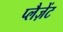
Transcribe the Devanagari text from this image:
प्लैज़ेंट